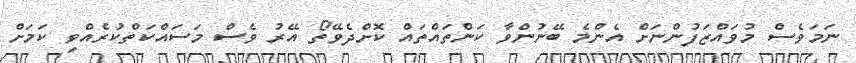
ނަމަވެސް މުވައްޒަފުންނަށް އެންމެ ބޭނުންވާ ކަންތައްތައް ކޮށްދެވޭތޯ އޭރު ވެސް މަސައްކަތްކުރެއްވި ކަމަށް